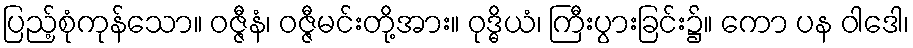
ပြည့်စုံကုန်သော။ ဝဇ္ဇီနံ၊ ဝဇ္ဇီမင်းတို့အား။ ဝုဒ္ဓိယံ၊ ကြီးပွားခြင်း၌။ ကော ပန ဝါဒေါ၊